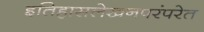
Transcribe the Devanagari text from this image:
इतिहासलेखनपरंपरेत